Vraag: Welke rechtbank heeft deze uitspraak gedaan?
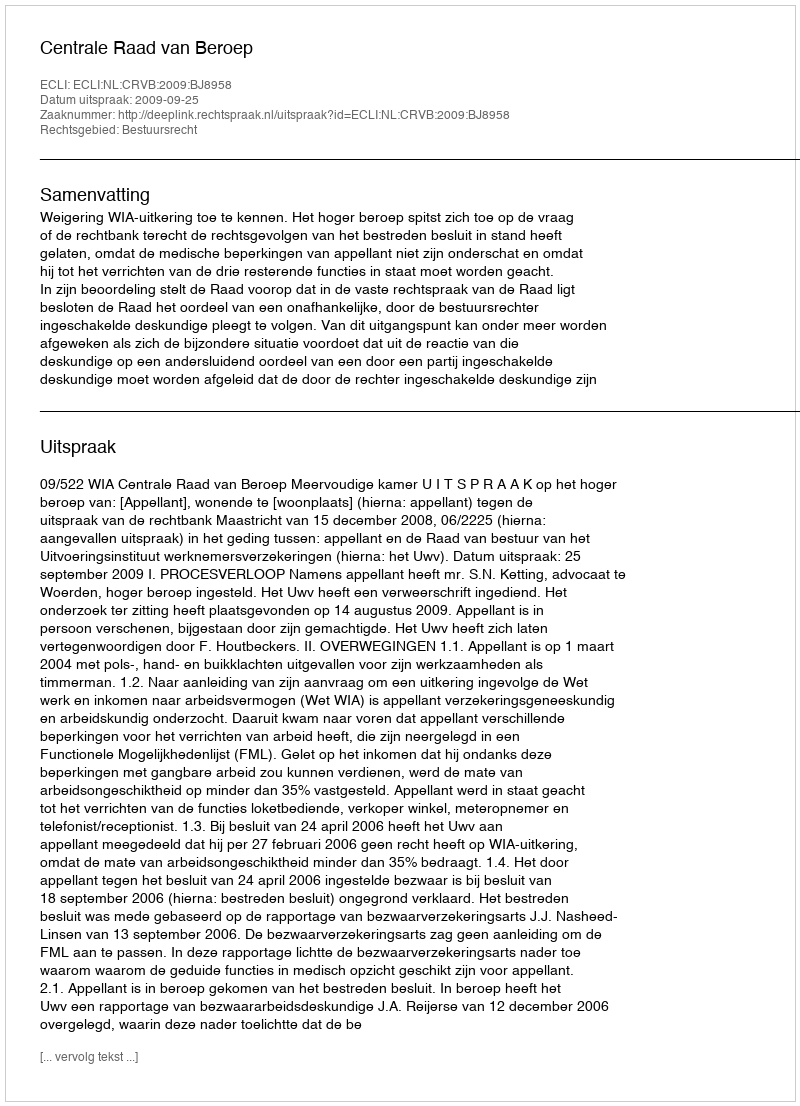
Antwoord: Centrale Raad van Beroep